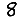
Digit: 8